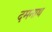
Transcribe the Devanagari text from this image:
दमनाथ